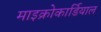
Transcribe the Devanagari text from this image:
माइक्रोकार्डियाल